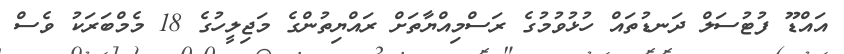
އައްޑޫ ފުޓުސަލް ދަނޑުތައް ހުޅުވުމުގެ ރަސްމިއްޔާތަށް ރައްޔިތުންގެ މަޖިލީހުގެ 18 މެމްބަރަކު ވެސް